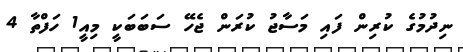
ނިދުމުގެ ކުރިން ފައި މަސާޖު ކުރަން ޖެހޭ ސަބަބަކީ މިއީ1 ހަފްތާ 4